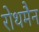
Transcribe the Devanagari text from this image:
रोथमैन